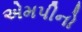
એમપીનો